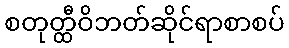
စတုတ္ထီဝိဘတ်ဆိုင်ရာစာစပ်